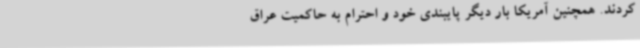
کردند. همچنین آمریکا بار دیگر پایبندی خود و احترام به حاکمیت عراق